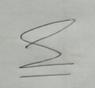
Signature authenticity: genuine